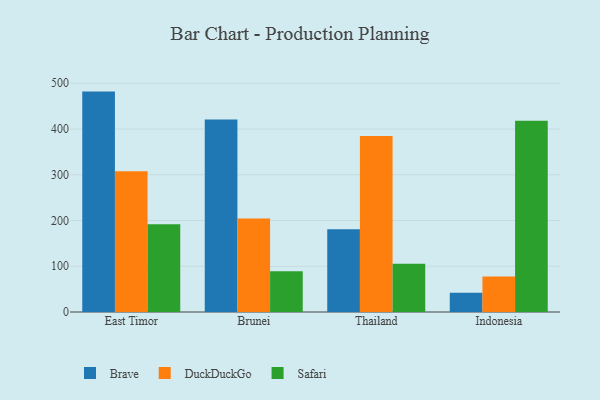
{"axis": {"x": "Country", "y": "Conversion Rate (%)"}, "legend": ["Brave", "DuckDuckGo", "Safari"], "data": [{"x": "East Timor", "y": 481.8, "type": "Brave"}, {"x": "East Timor", "y": 307.7, "type": "DuckDuckGo"}, {"x": "East Timor", "y": 192.0, "type": "Safari"}, {"x": "Brunei", "y": 420.9, "type": "Brave"}, {"x": "Brunei", "y": 204.3, "type": "DuckDuckGo"}, {"x": "Brunei", "y": 88.9, "type": "Safari"}, {"x": "Thailand", "y": 180.7, "type": "Brave"}, {"x": "Thailand", "y": 384.8, "type": "DuckDuckGo"}, {"x": "Thailand", "y": 105.6, "type": "Safari"}, {"x": "Indonesia", "y": 42.2, "type": "Brave"}, {"x": "Indonesia", "y": 77.5, "type": "DuckDuckGo"}, {"x": "Indonesia", "y": 418.1, "type": "Safari"}]}